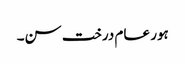
ہور عام درخت سن۔